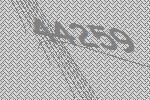
44259